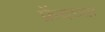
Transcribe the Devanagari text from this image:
फ्रेंचच्या